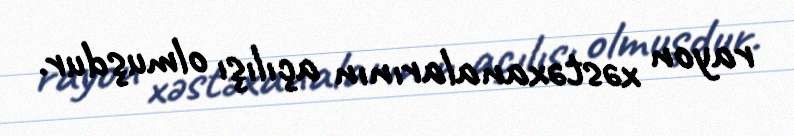
rayon xəstəxanalarının açılışı olmuşdur.